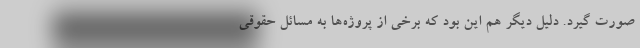
صورت گیرد. دلیل دیگر هم این بود که برخی از پروژه‌ها به مسائل حقوقی